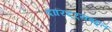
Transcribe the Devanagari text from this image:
दारिद्‌र्‍यबद्दल